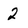
Character: 2